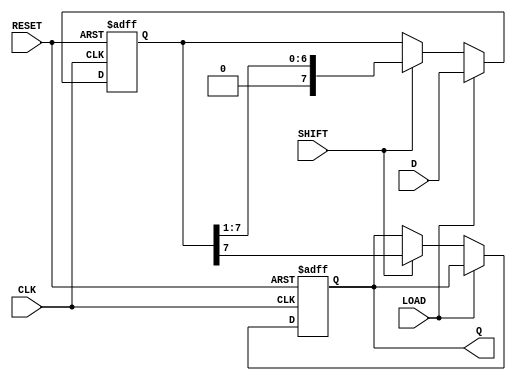
module PISO_Register #(
    parameter WIDTH = 8 // Parameter to define the width of the PISO register
)(
    input wire [WIDTH-1:0] D,   // Parallel data input
    input wire LOAD,             // Load control signal
    input wire SHIFT,            // Shift control signal
    input wire CLK,              // Clock signal
    output reg Q,                // Serial output
    input wire RESET             // Asynchronous reset signal
);

    // Internal register array to hold the data bits
    reg [WIDTH-1:0] shift_reg;

    always @(posedge CLK or posedge RESET) begin
        if (RESET) begin
            // Clear the register on reset
            shift_reg <= {WIDTH{1'b0}};
            Q <= 1'b0; // Optionally clear the output too
        end else begin
            if (LOAD) begin
                // Load data into the shift register
                shift_reg <= D;
            end else if (SHIFT) begin
                // Shift data out serially
                Q <= shift_reg[WIDTH-1]; // Output the MSB to Q
                shift_reg <= {1'b0, shift_reg[WIDTH-1:1]}; // Shift left
            end
        end
    end

endmodule